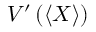
V ^ { \prime } \left( \left\langle X \right\rangle \right)